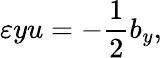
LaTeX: \varepsilon yu=-\frac{1}{2}b_{y},